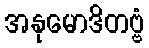
အနုမောဒိတဗ္ဗံ